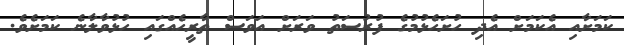
ކަމަށާއި އެކަމަށް އެދި ހުށަހެޅުމުގެ ފުރުސަތު ވަރަށް އަވަސް ތާރީހެއްގައި ހުޅުވާލާނެ ކަމަށެވެ.